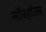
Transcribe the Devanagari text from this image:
नॉयहॉउस